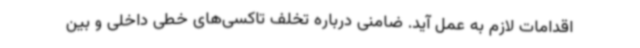
اقدامات لازم به عمل آید. ضامنی درباره تخلف تاکسی‌های خطی داخلی و بین